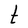
Character: t